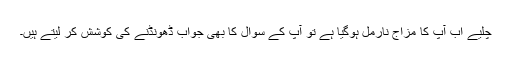
چلیے اب آپ کا مزاج نارمل ہوگیا ہے تو آپ کے سوال کا بھی جواب ڈھونڈنے کی کوشش کر لیتے ہیں۔